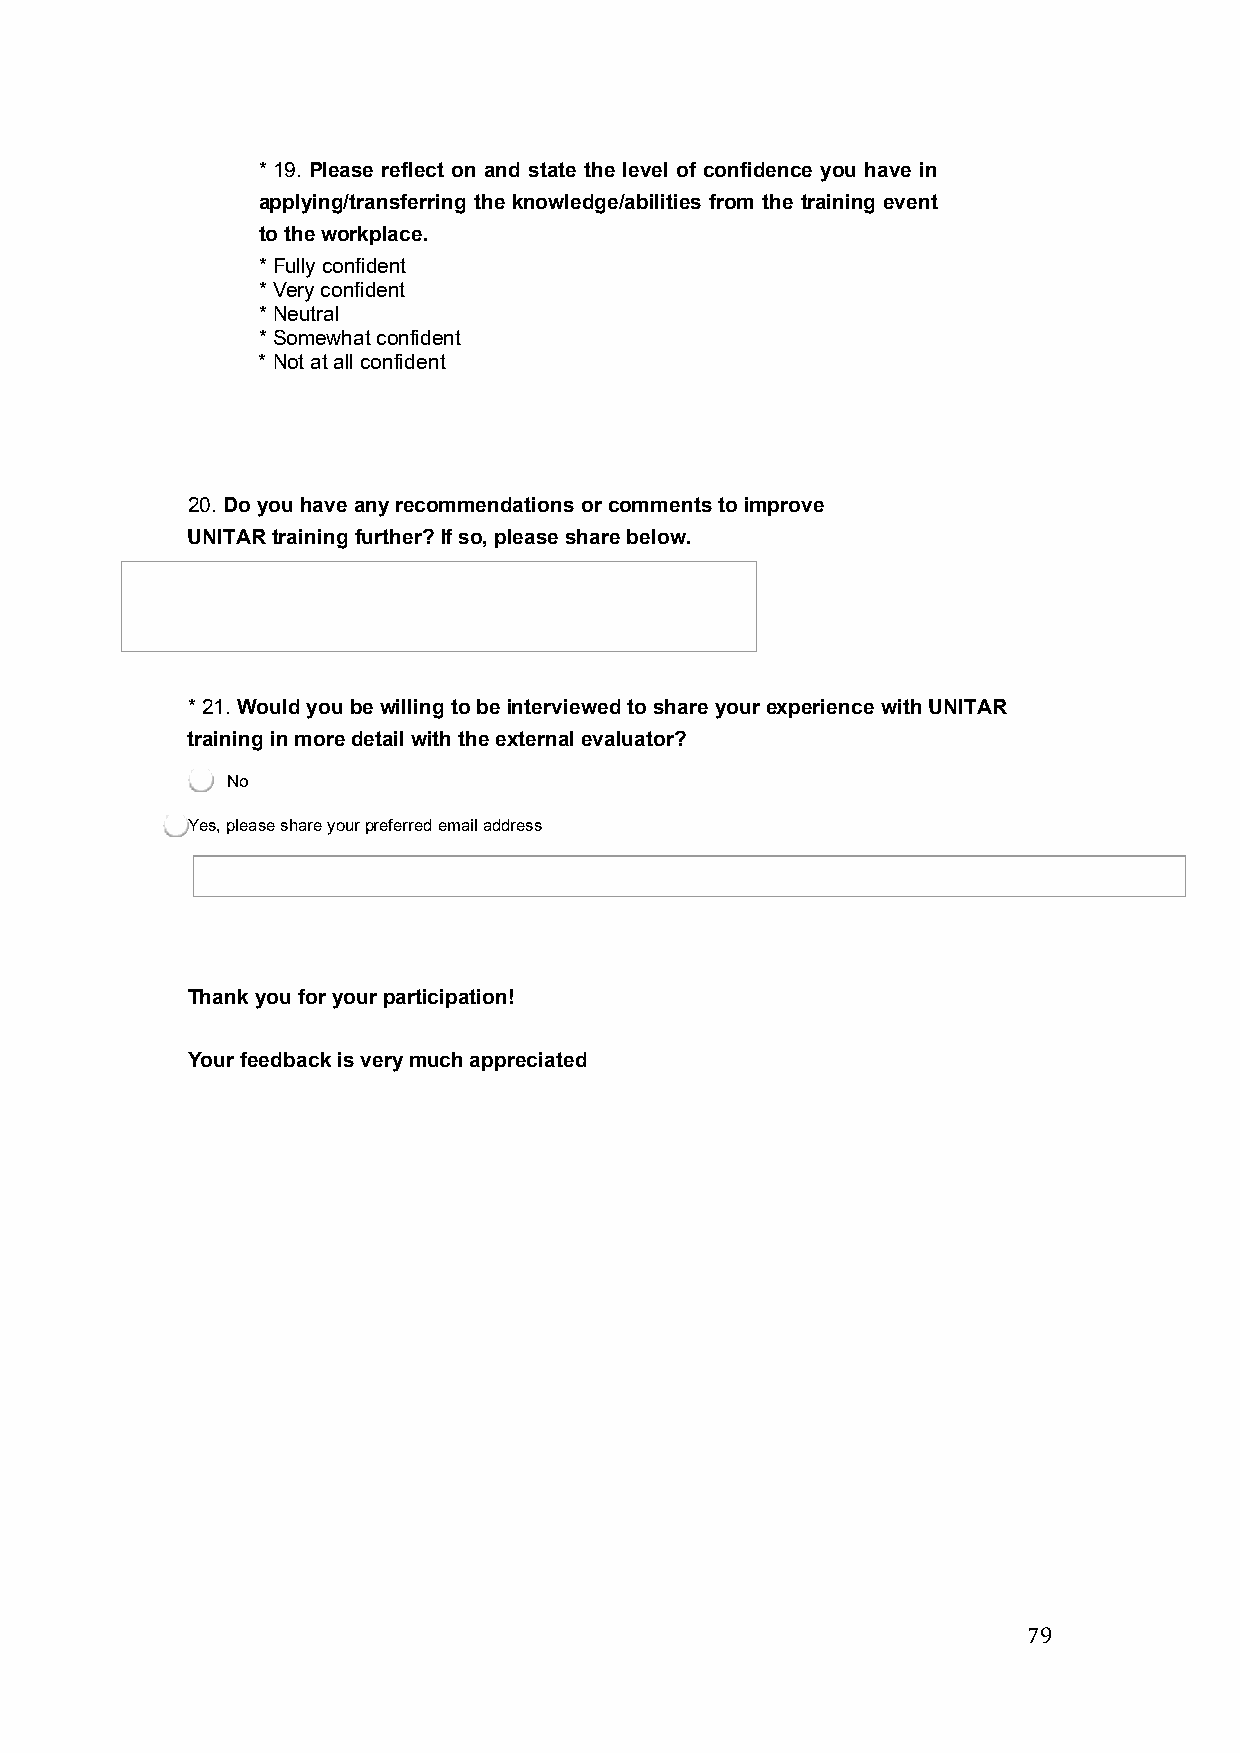
* 19. Please reflect on and state the level of confidence you have in
 applying/transferring the knowledge/abilities from the training event
 to the workplace.
 * Fully confident
 * Very confident
 * Neutral
 * Somewhat confident
 * Not at all confident
 20. Do you have any recommendations or comments to improve
 UNITAR training further? If so, please share below.
 * 21. Would you be willing to be interviewed to share your experience with UNITAR
 training in more detail with the external evaluator?
 No
 Yes, please share your preferred email address
 Thank you for your participation!
 Your feedback is very much appreciated
 79